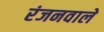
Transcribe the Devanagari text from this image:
रंजनवाले